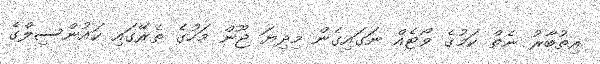
އިތުބާރު ނެތް ކަމުގެ ވޯޓެއް ނަގައިގެން މިދިޔަ ޖޫން މަހުގެ ތެރޭގައި ކައުންސިލްގެ